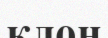
клон